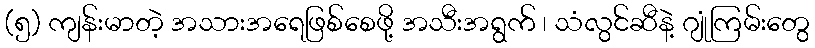
(၅) ကျန်းမာတဲ့ အသားအရေဖြစ်စေဖို့ အသီးအရွက် ၊ သံလွင်ဆီနဲ့ ဂျုံကြမ်းတွေ